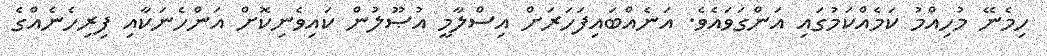
ހިމެނޭ މުހިއްމު ކަމެއްކަމުގައި އަންގަވައެވެ. އަނެއްބައިފަހަރަށް އިސްލާމީ އުޞޫލުން ކައިވެނިކޮށް އަންހެނަކާއި ފިރިހެނެއްގެ